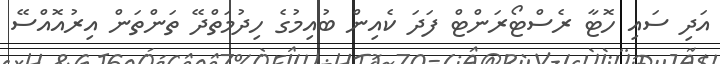
އަދި ސައި ހޮޓާ ރެސްޓޯރަންޓް ފަދަ ކެއިން ބުއިމުގެ ހިދުމަތްދޭ ތަންތަން އިރުއޮއްސޭ